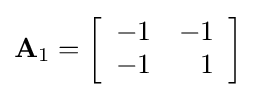
\mathbf {A} _{1}=\left[{\begin{array}{rrrr}-1&-1\\-1&1\\\end{array}}\right]